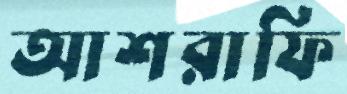
আশরাফি